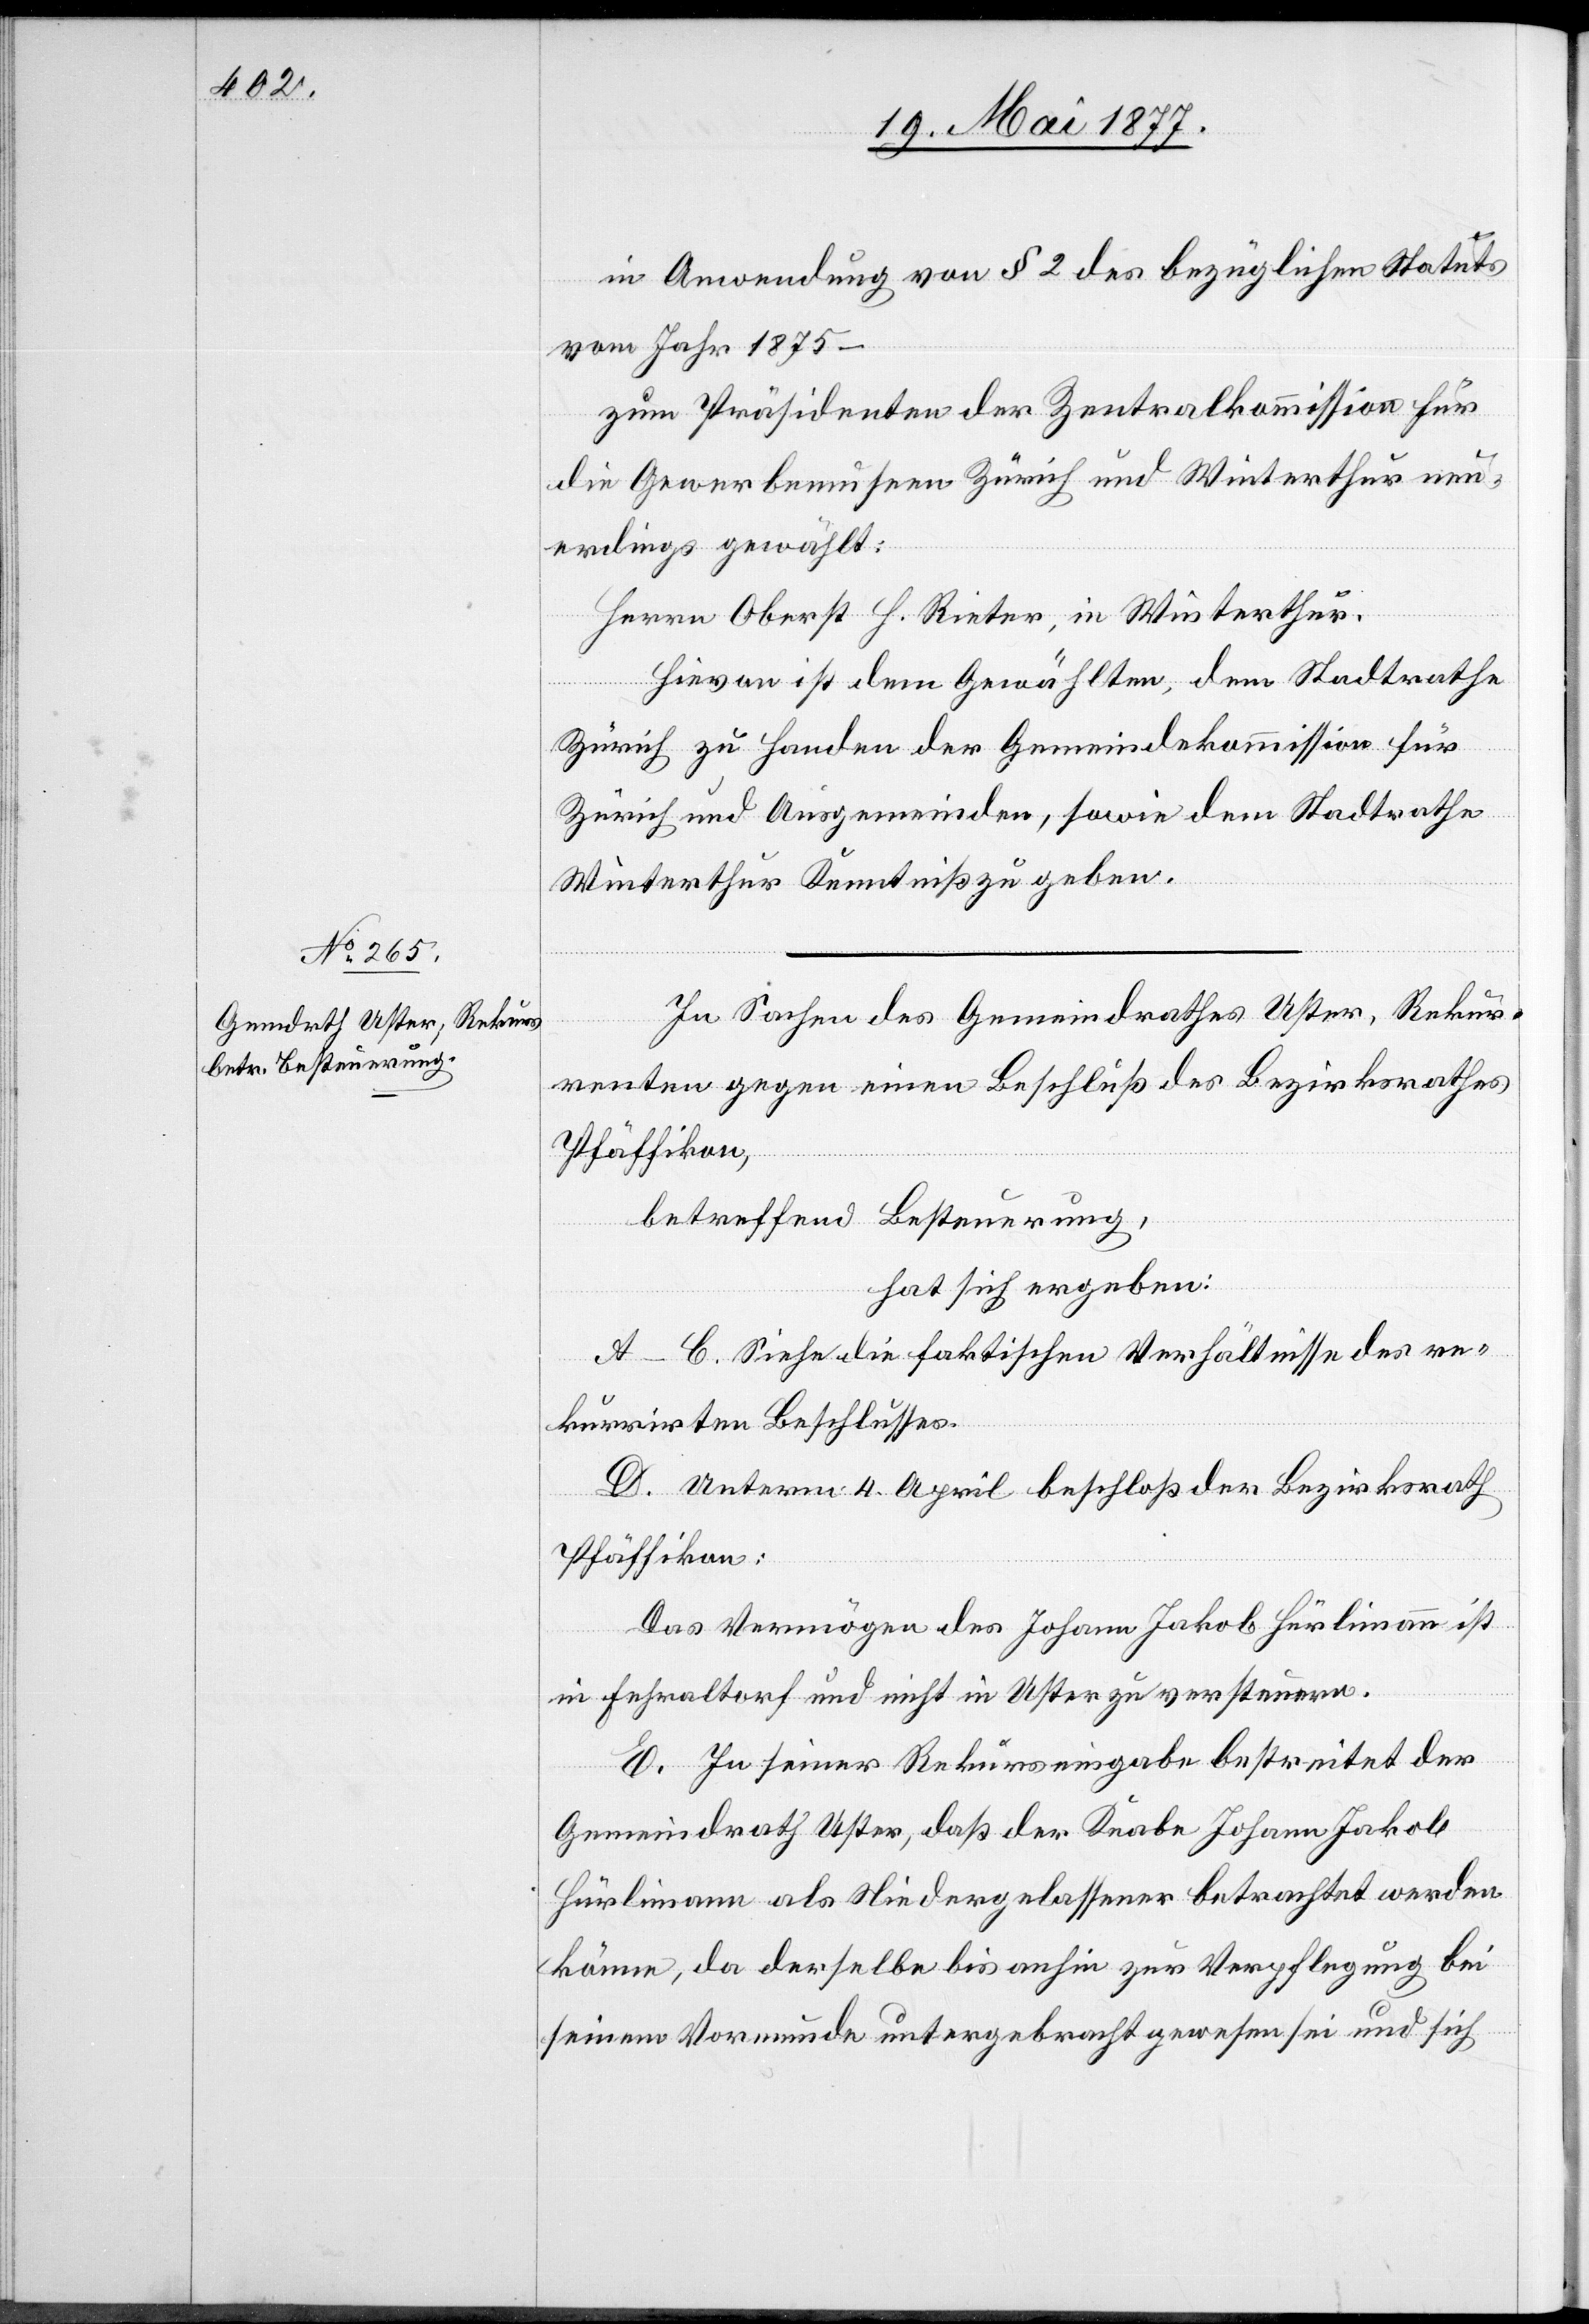
in Anwendung von § 2 des bezüglichen Statuts
vom Jahr 1875 –
zum Präsidenten der Zentralkommission für
die Gewerbemuseen Zürich und Winterthur neu¬
erdings gewählt:
Herrn Oberst H. Rieter, in Winterthur.
Hievon ist dem Gewählten, dem Stadtrathe
Zürich zu Handen der Gemeindekommission für
Zürich und Ausgemeinden, sowie dem Stadtrathe
Winterthur Kenntniß zu geben.
In Sachen des Gemeindrathes Uster, Rekur¬
renten gegen einen Beschluß des Bezirksrathes
Pfäffikon,
betreffend Besteuerung,
hat sich ergeben:
A–C. Siehe die faktischen Verhältnisse des re¬
kurrirten Beschlusses.
D. Unterm 4. April beschloß der Bezirksrath
Pfäffikon:
Das Vermögen des Johann Jakob Hürlimann ist
in Fehraltorf und nicht in Uster zu versteuern.
E. In seiner Rekurseingabe bestreitet der
Gemeindrath Uster, daß der Knabe Johann Jakob
Hürlimann als Niedergelassener betrachtet werden
könne, da derselbe bis anhin zur Verpflegung bei
seinem Vormunde untergebracht gewesen sei und sich